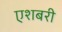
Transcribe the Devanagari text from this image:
एशबरी